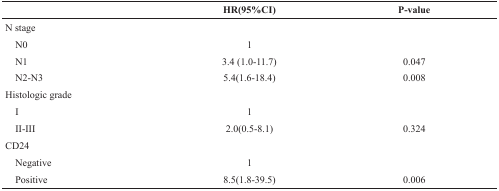
<table><thead><tr><td></td><td><b>HR(95%CI)</b></td><td><b><i>P</i>-value</b></td></tr></thead><tbody><tr><td>N stage</td><td></td><td></td></tr><tr><td> N0</td><td>1</td><td></td></tr><tr><td> N1</td><td>3.4 (1.0-11.7)</td><td>0.047</td></tr><tr><td> N2-N3</td><td>5.4(1.6-18.4)</td><td>0.008</td></tr><tr><td>Histologic grade</td><td></td><td></td></tr><tr><td> I</td><td>1</td><td></td></tr><tr><td> II-III</td><td>2.0(0.5-8.1)</td><td>0.324</td></tr><tr><td>CD24</td><td></td><td></td></tr><tr><td> Negative</td><td>1</td><td></td></tr><tr><td> Positive</td><td>8.5(1.8-39.5)</td><td>0.006</td></tr></tbody></table>